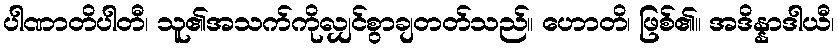
ပါဏာတိပါတီ၊ သူ၏အသက်ကိုလျှင်စွာချတတ်သည်။ ဟောတိ၊ ဖြစ်၏။ အဒိန္နာဒါယီ၊